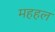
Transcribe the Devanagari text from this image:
महहल